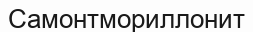
Самонтмориллонит